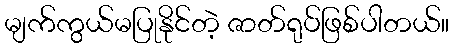
မျက်ကွယ်မပြုနိုင်တဲ့ ဇာတ်ရုပ်ဖြစ်ပါတယ်။